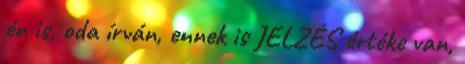
én is, oda írván, ennek is JELZÉS értéke van,